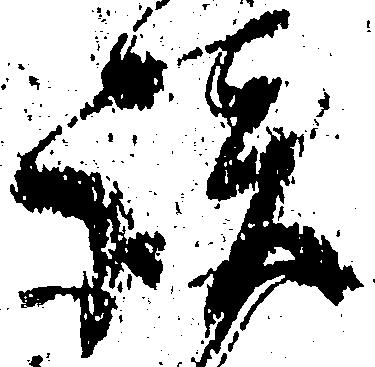
談